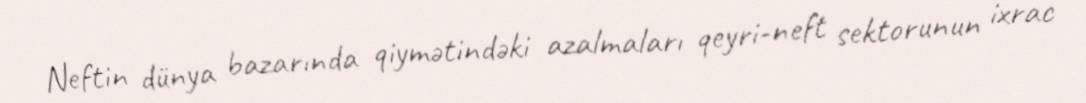
Neftin dünya bazarında qiymətindəki azalmaları qeyri-neft sektorunun ixrac